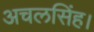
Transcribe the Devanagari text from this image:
अचलसिंह।